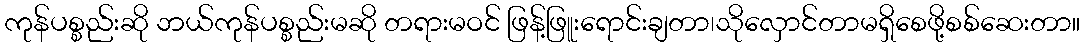
ကုန်ပစ္စည်းဆို ဘယ်ကုန်ပစ္စည်းမဆို တရားမဝင် ဖြန့်ဖြူးရောင်းချတာ၊သိုလှောင်တာမရှိစေဖို့စစ်ဆေးတာ။